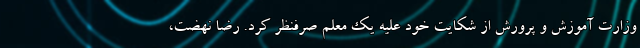
وزارت آموزش و پرورش از شکایت خود علیه یک معلم صرفنظر کرد. رضا نهضت،